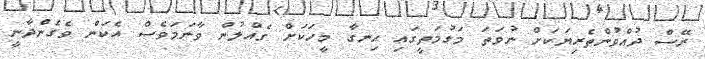
ރޭސް ދުއްވުންތެރިޔަކަށް ނުވަތަ މަގުމަތީގައި ހިނގާ މީހަކަށް ގެއްލުން ވާނަމަވެސް އެކަން ވެގެންދާނީ